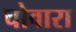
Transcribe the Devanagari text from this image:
चोवारा